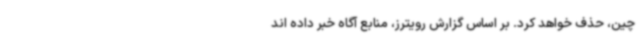
چین، حذف خواهد کرد. بر اساس گزارش رویترز، منابع آگاه خبر داده اند